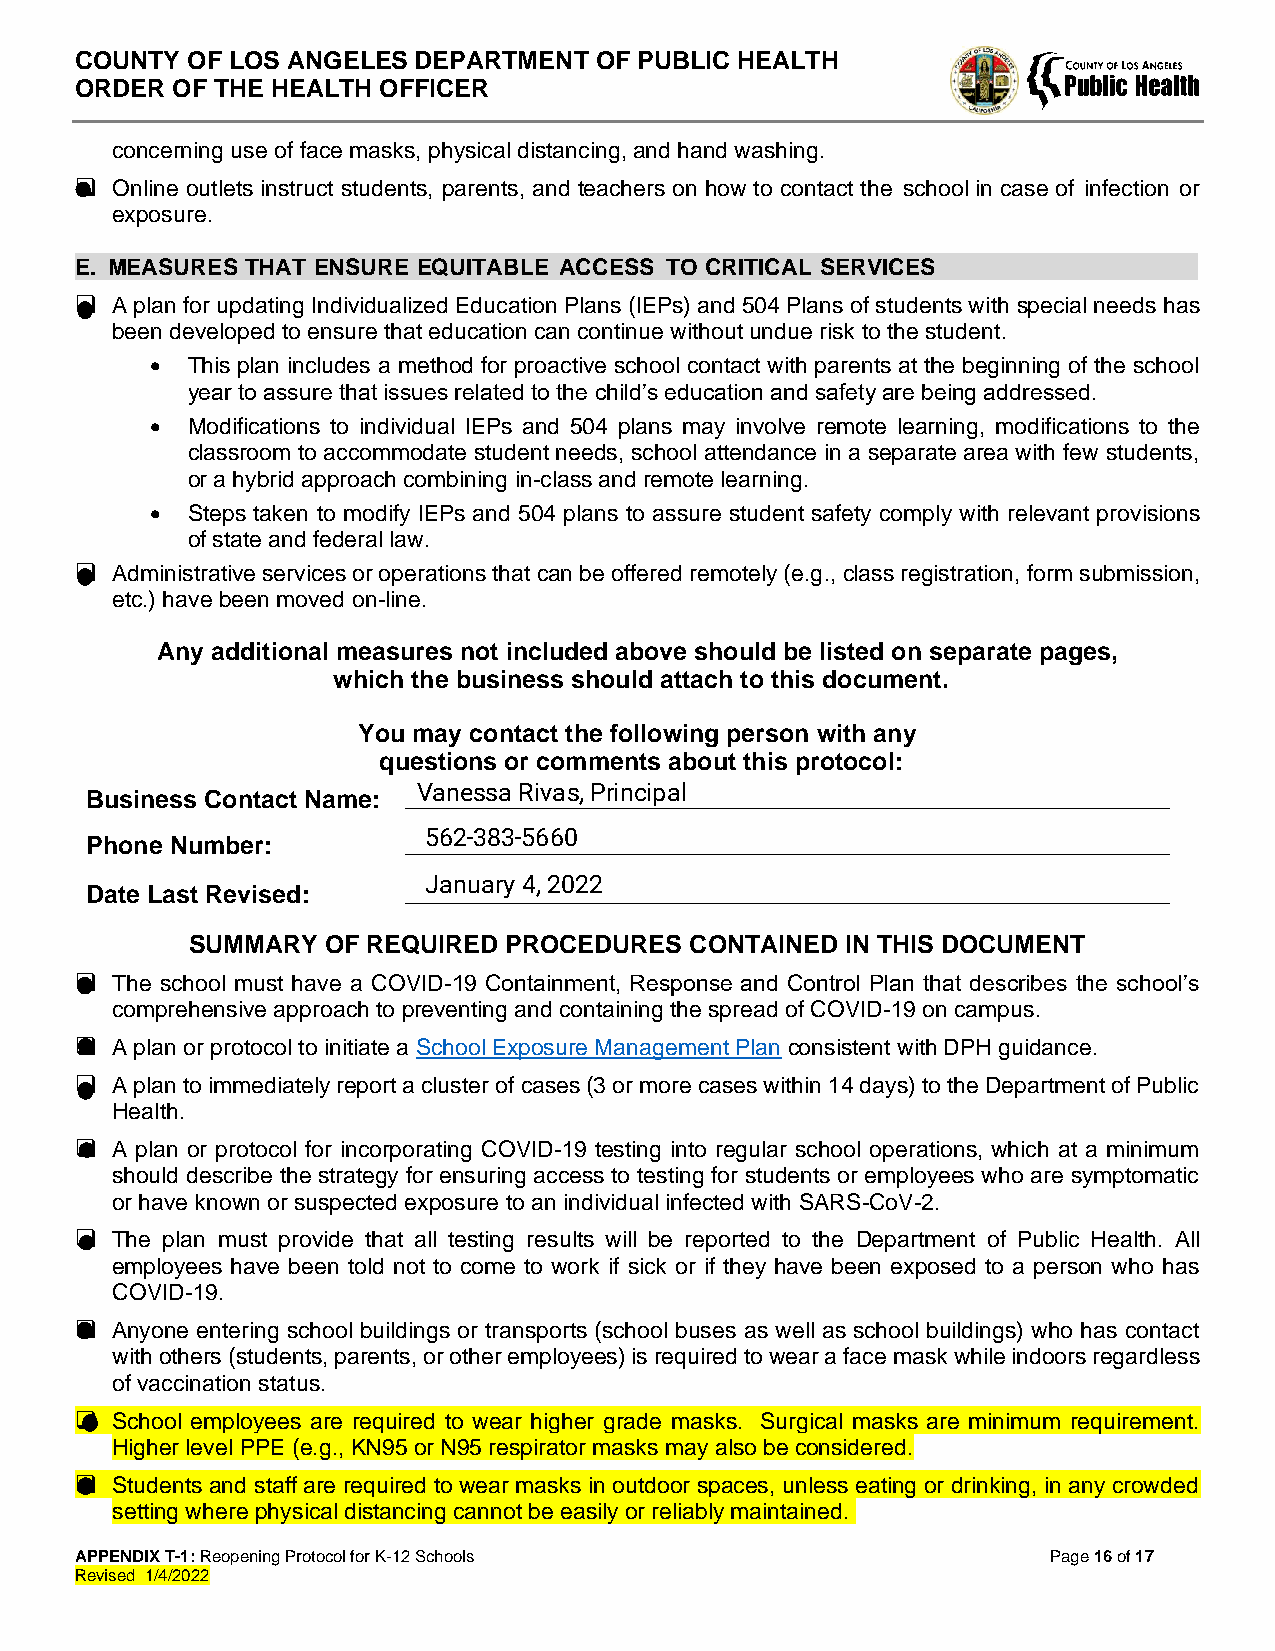
COUNTY OF LOS ANGELES DEPARTMENT  OF PUBLIC HEALTH
 ORDER OF THE HEALTH OFFICER
 concerning use of face masks, physical distancing, and hand washing.
 ❑ Online outlets instruct students, parents, and teachers on how to contact the school in case of infection or
 exposure.
 E. MEASURES THAT ENSURE EQUITABLE ACCESS TO CRITICAL SERVICES
 ❑ A plan for updating Individualized Education Plans (IEPs) and 504 Plans of students with special needs has
 been developed to ensure that education can continue without undue risk to the student.
 • This plan includes a method for proactive school contact with parents at the beginning of the school
 year to assure that issues related to the child’s education and safety are being addressed.
 • Modifications to individual IEPs and 504 plans may involve remote learning, modifications to the
 classroom to accommodate student needs, school attendance in a separate area with few students,
 or a hybrid approach combining in-class and remote learning.
 • Steps taken to modify IEPs and 504 plans to assure student safety comply with relevant provisions
 of state and federal law.
 ❑ Administrative services or operations that can be offered remotely (e.g., class registration, form submission,
 etc.) have been moved on-line.
 Any additional measures not included above should be listed on separate pages,
 which the business should attach to this document.
 You may contact the following person with any
 questions or comments about this protocol:
 Business Contact Name: ____________________________________________________________
 Phone Number:        ____________________________________________________________
 Date Last Revised:   ____________________________________________________________
 SUMMARY  OF REQUIRED PROCEDURES  CONTAINED IN THIS DOCUMENT
 ❑ The school must have a COVID-19 Containment, Response and Control Plan that describes the school’s
 comprehensive approach to preventing and containing the spread of COVID-19 on campus.
 ❑ A plan or protocol to initiate a School Exposure Management Plan consistent with DPH guidance.
 ❑ A plan to immediately report a cluster of cases (3 or more cases within 14 days) to the Department of Public
 Health.
 ❑ A plan or protocol for incorporating COVID-19 testing into regular school operations, which at a minimum
 should describe the strategy for ensuring access to testing for students or employees who are symptomatic
 or have known or suspected exposure to an individual infected with SARS-CoV-2.
 ❑ The plan must provide that all testing results will be reported to the Department of Public Health. All
 employees have been told not to come to work if sick or if they have been exposed to a person who has
 COVID-19.
 ❑ Anyone entering school buildings or transports (school buses as well as school buildings) who has contact
 with others (students, parents, or other employees) is required to wear a face mask while indoors regardless
 of vaccination status.
 ❑ School employees are required to wear higher grade masks. Surgical masks are minimum requirement.
 Higher level PPE (e.g., KN95 or N95 respirator masks may also be considered.
 ❑ Students and staff are required to wear masks in outdoor spaces, unless eating or drinking, in any crowded
 setting where physical distancing cannot be easily or reliably maintained.
 APPENDIX T-1: Reopening Protocol for K-12 Schools                Page 16 of 17
 Revised 1/4/2022